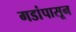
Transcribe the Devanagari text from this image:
गडांपासून